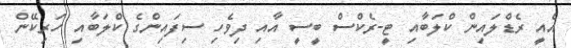
އެއީ ރެޑްލައިން ކްލަބާއި ޓީ-ރެކްސް ބީސީ އާއި ދިވެހި ސިފައިންގެ ކްލަބާއި ހަރިކޭން